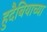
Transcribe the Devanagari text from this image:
हुदैबियाच्या